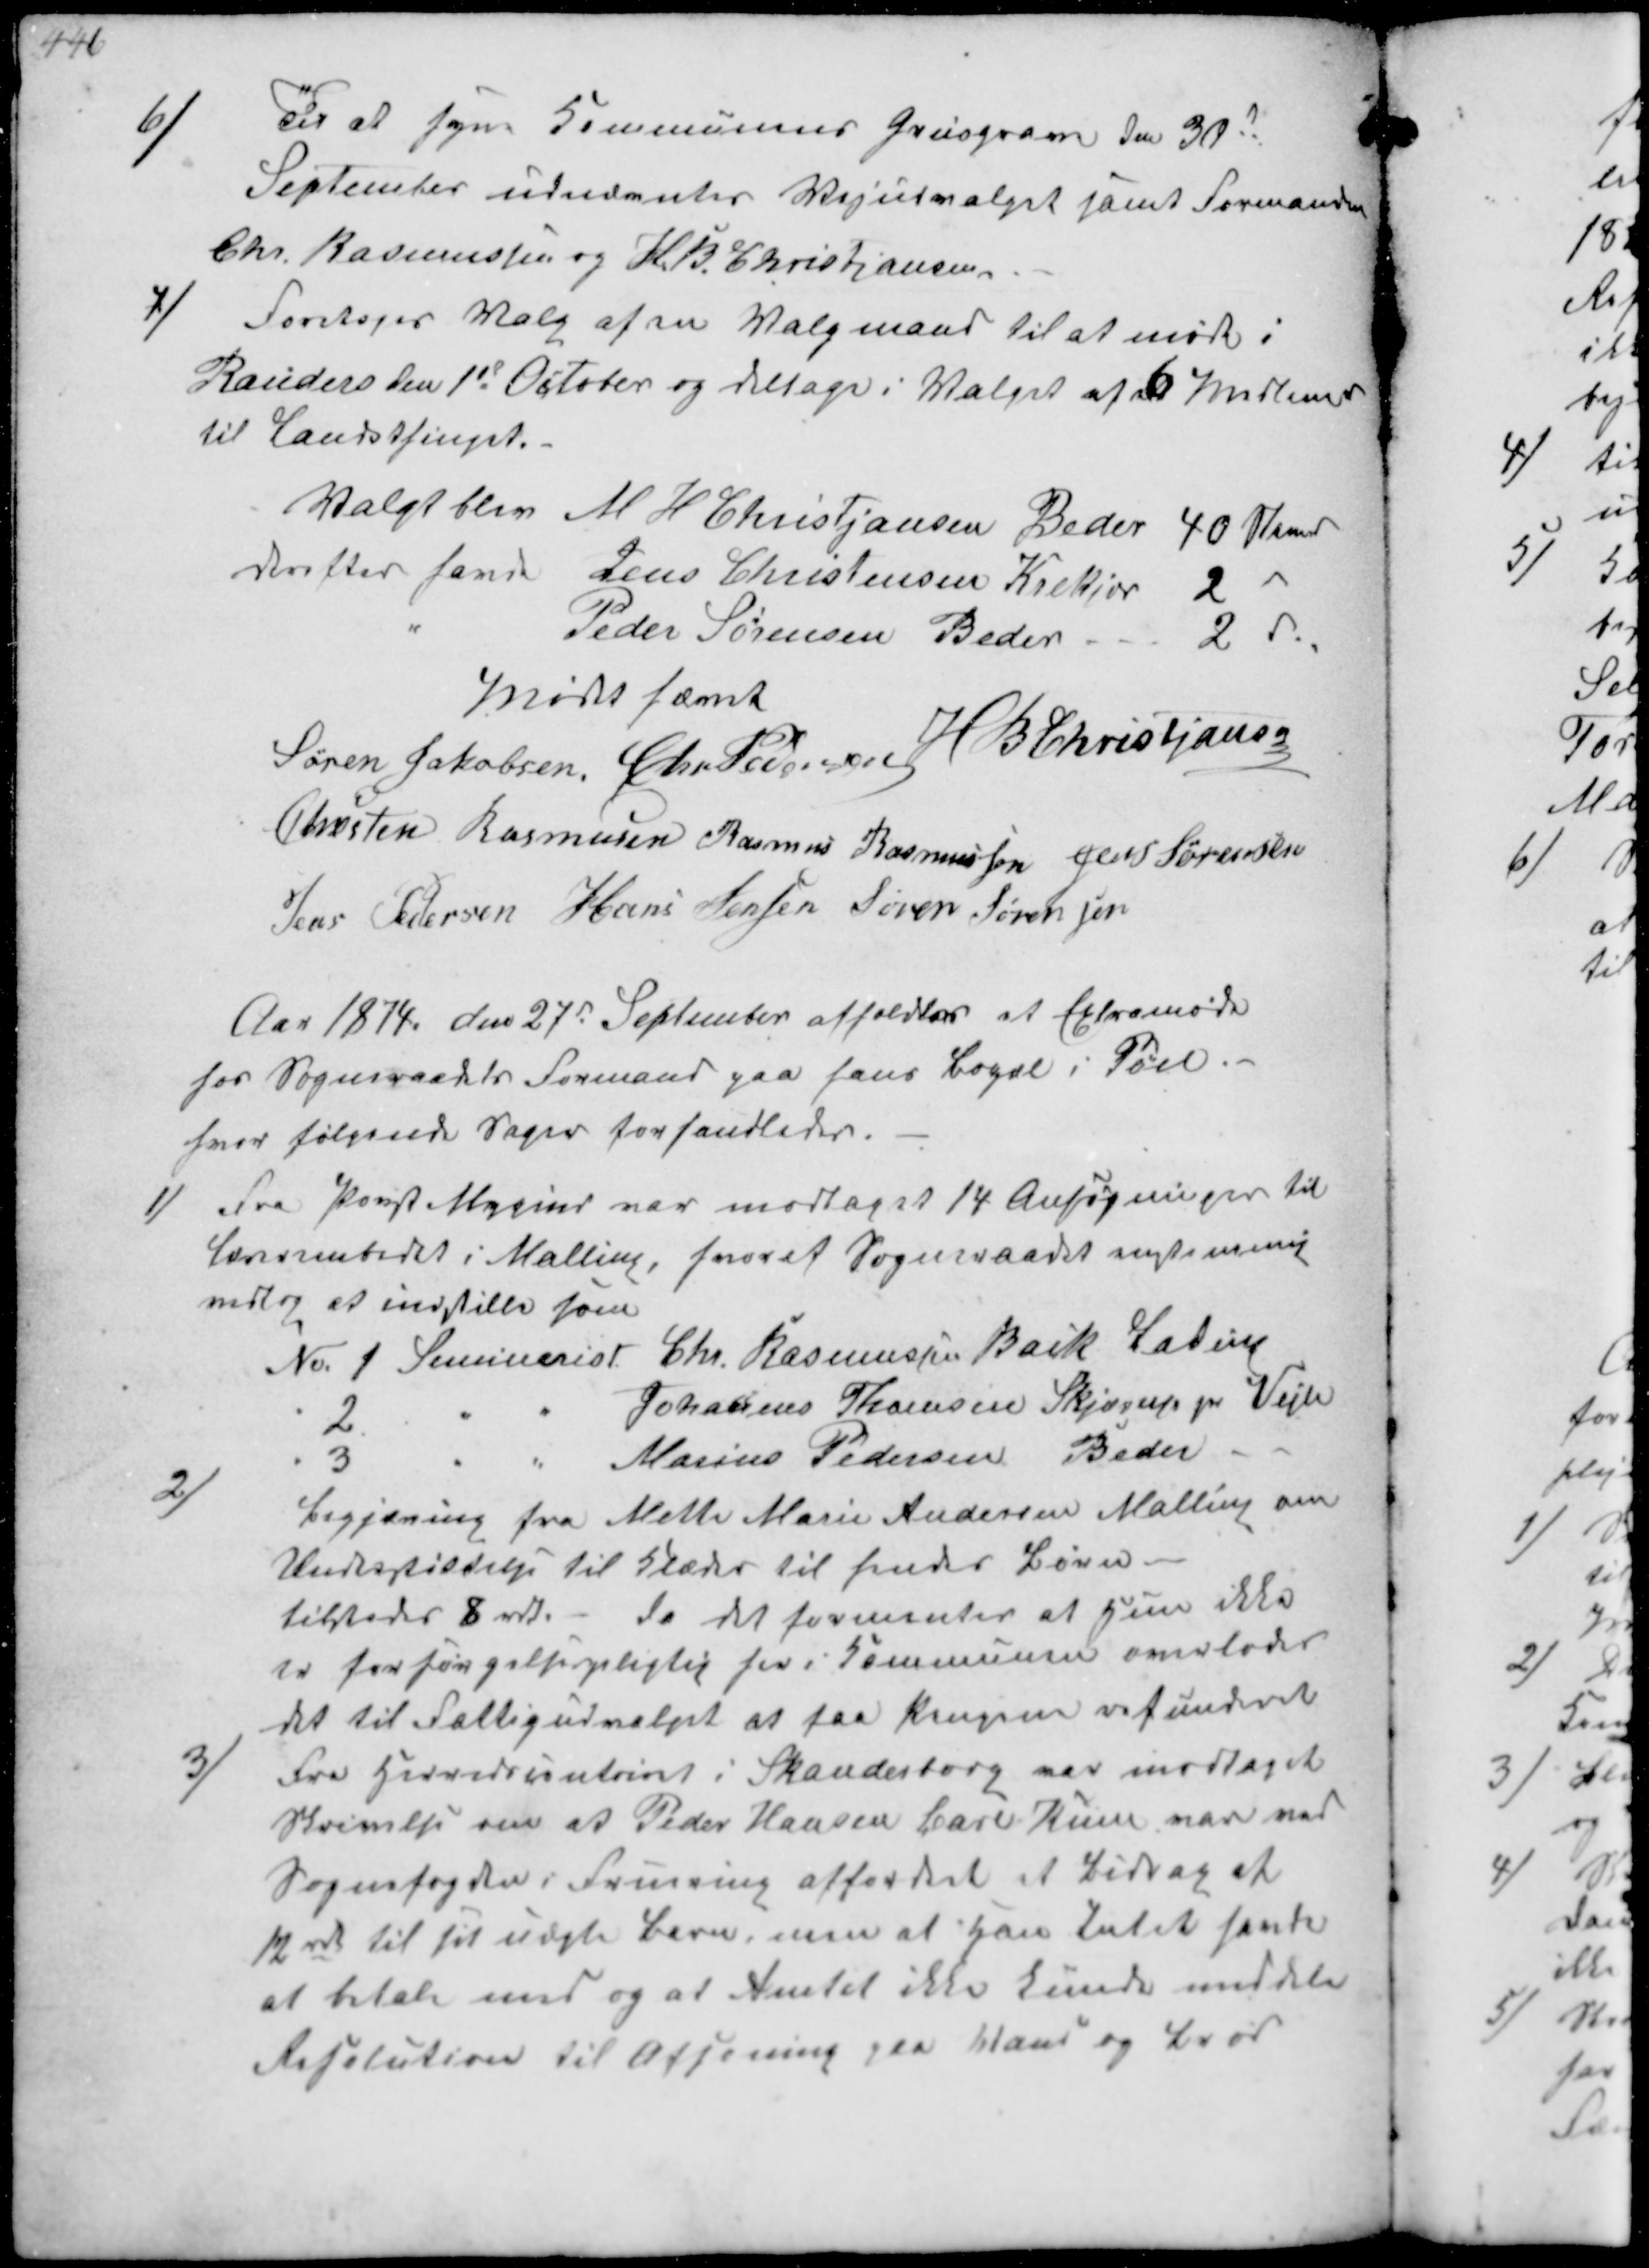
Transskription:
6/
Til at syne Kommunens Grusgrave den 30d
September udnævntes Vejudvalget samt Formanden
Chr. Rasmussen og H B. Christjansen

4/
Foretoges Valg af en Valgmand til at møde i
Randers den 1st October og deltage i Valget af et Medlem
til Landsthinget.
Valgt blev M.H Christjansen Beder 40 Stemer
derefter havde Jens Christensen Krekjær 2 v
" Peder Sørensen Beder 2 v.
Mødet hævet
Søren Jakobsen Chr Pedersen H B  Christjansen
Chresten Rasmussen Rasmus Rasmussen Jens Sørensen
Jens Pedersen Hans Jensen Søren Sørensen

Aar 1874 den 27d September afholdtes et Extramøde
hos Sogneraadets Formand paa hans Bopæl i Pøel.
hvor følgende Sager forhandledes.

1/
Fra Provst Mygind var modtaget 14 Ansøgninger til
lærerembedet i Malling, hvoraf Sogneraadet enstemmig
vedtog at indstille som
No.1 Seminarist Chr. Rasmussen Back Lading
" 2 " " Johannes Thomsen Skjærup pr Vejle
" 3 " " Marius Pedersen Beder

2/
Begjæring fra Mette Marie Andersen Malling om
Understøttelse til Klæder til hendes Børn.
tilstedes 8 rdl. - da det formentes at kun ikke
er forsørgelsespligtig her i Kommunen overlades
det til Fattigudvalget at faa Pengene retunderet

3/
Fra Herredscontoret i Skanderborg var modtaget
Skrivelse om at Peder Hansen Carl Küen var ved
Sognefogden i Fruering affordret et Bidrag af
12 rd til sit uægte Barn, men at Han intet havde 
at betale med og at Amtet ikke kunde meddele
Resolution til Afsoning paa Vand og Brød